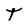
Character: T